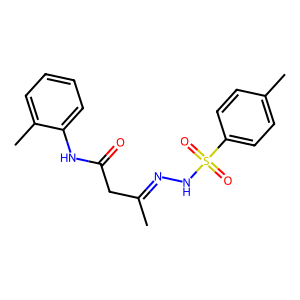
SMILES: CC(CC(=O)Nc1ccccc1C)=NNS(=O)(=O)c1ccc(C)cc1
Inhibits HIV replication: No